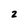
Character: 2